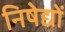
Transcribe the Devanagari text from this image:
निषेद्यों